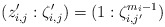
\begin{align*} (z_{i,j}':\zeta_{i,j}') = ( 1 : \zeta_{i,j'}^{m_i-1} )\end{align*}